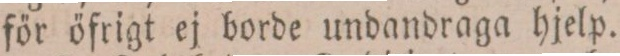
för öfrigt ej borde undandraga hjelp.